Annual report of the Punjab Veterinary College and of the Civil Veterinary Department, Punjab - 1894-1908
Year: 1894
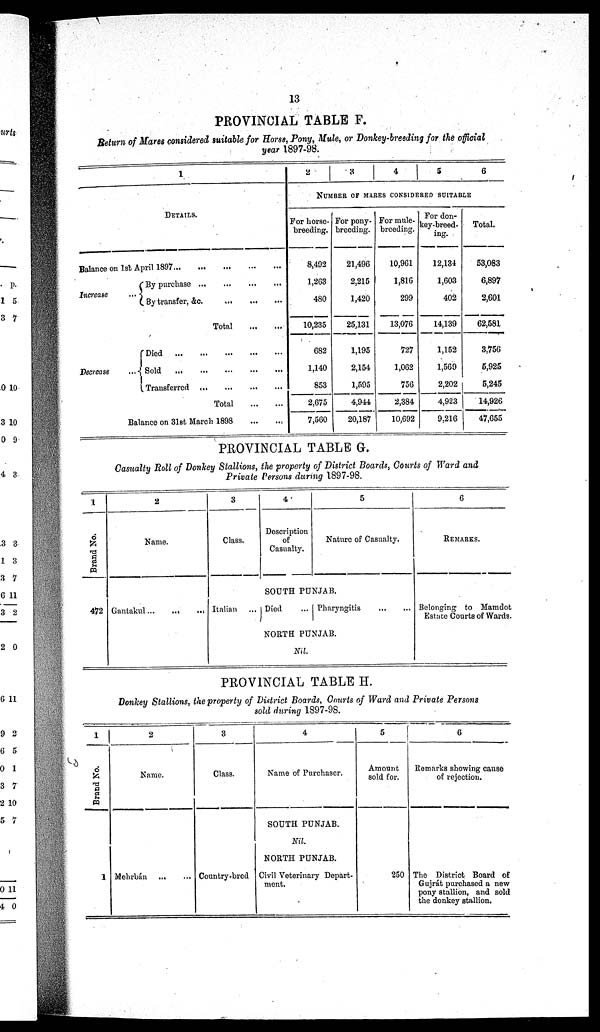
13
PROVINCIAL TABLE F.
Return of Mares considered suitable for Horse, Pony, Mule, or Donkey-breeding for the official
year 1897-98.
1
DETAILS.
Balance on 1st April 1897 ... ... ... ... ...
Increase
By purchase
...
...
...
...
By transfer, &c.
...
...
...
Total
...
...
Decrease
Died ... ... ... ... ...
Sold ... ... ... ... ...
Transferred
...
...
...
...
Total ... ... ...
Balance on 31st March 1898 ... ... ...
2
3
4
5
6
NUMBER OF MARES CONSIDERED SUITABLE
For horse-
breeding.
8,492
1,263
480
10,235
682
1,140
853
2,675
7,560
For pony-
breeding.
21,496
2,215
1,420
25,131
1,195
2,154
1,595
4,944
20,187
For mule-
breeding.
10,961
1,816
299
13,076
727
1,062
756
2,384
10,692
For don-
key-breed-
ing.
12,134
1,603
402
14,139
1,152
1,569
2,202
4,923
9,216
Total.
53,083
6,897
2,601
62,581
3,756
5,925
5,245
14,926
47,655
PROVINCIAL TABLE G.
Casualty Roll of Donkey Stallions, the property of District Boards, Courts of Ward and
Private Persons during 1897-98.
1
Brand No.
472
2
Name.
Gantakul
...
...
...
3
Class.
4
Description
of
Casualty.
5
Nature of Casualty.
SOUTH PUNJAB.
Italian
Died
Pharyngitis
NORTH PUNJAB.
Nil.
6
REMARKS.
Belonging to Mamdot
Estate Courts of Wards.
PROVINCIAL TABLE H.
Donkey Stallions, the property of District Boards, Courts of Ward and Private Persons
sold during 1897-98.
1
Brand No.
1
2
Name.
Mehrbán ... ...
3
Class.
Country-bred
4
Name of Purchaser.
SOUTH PUNJAB.
Nil.
NORTH PUNJAB.
Civil Veterinary Depart-
ment.
5
Amount
sold for.
250
6
Romarks showing cause
of rejection.
The District Board of
Gujrát purchased a new
pony stallion, and sold
the donkey stallion.